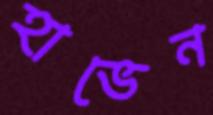
হাভেন